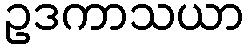
ဥဒကာသယာ